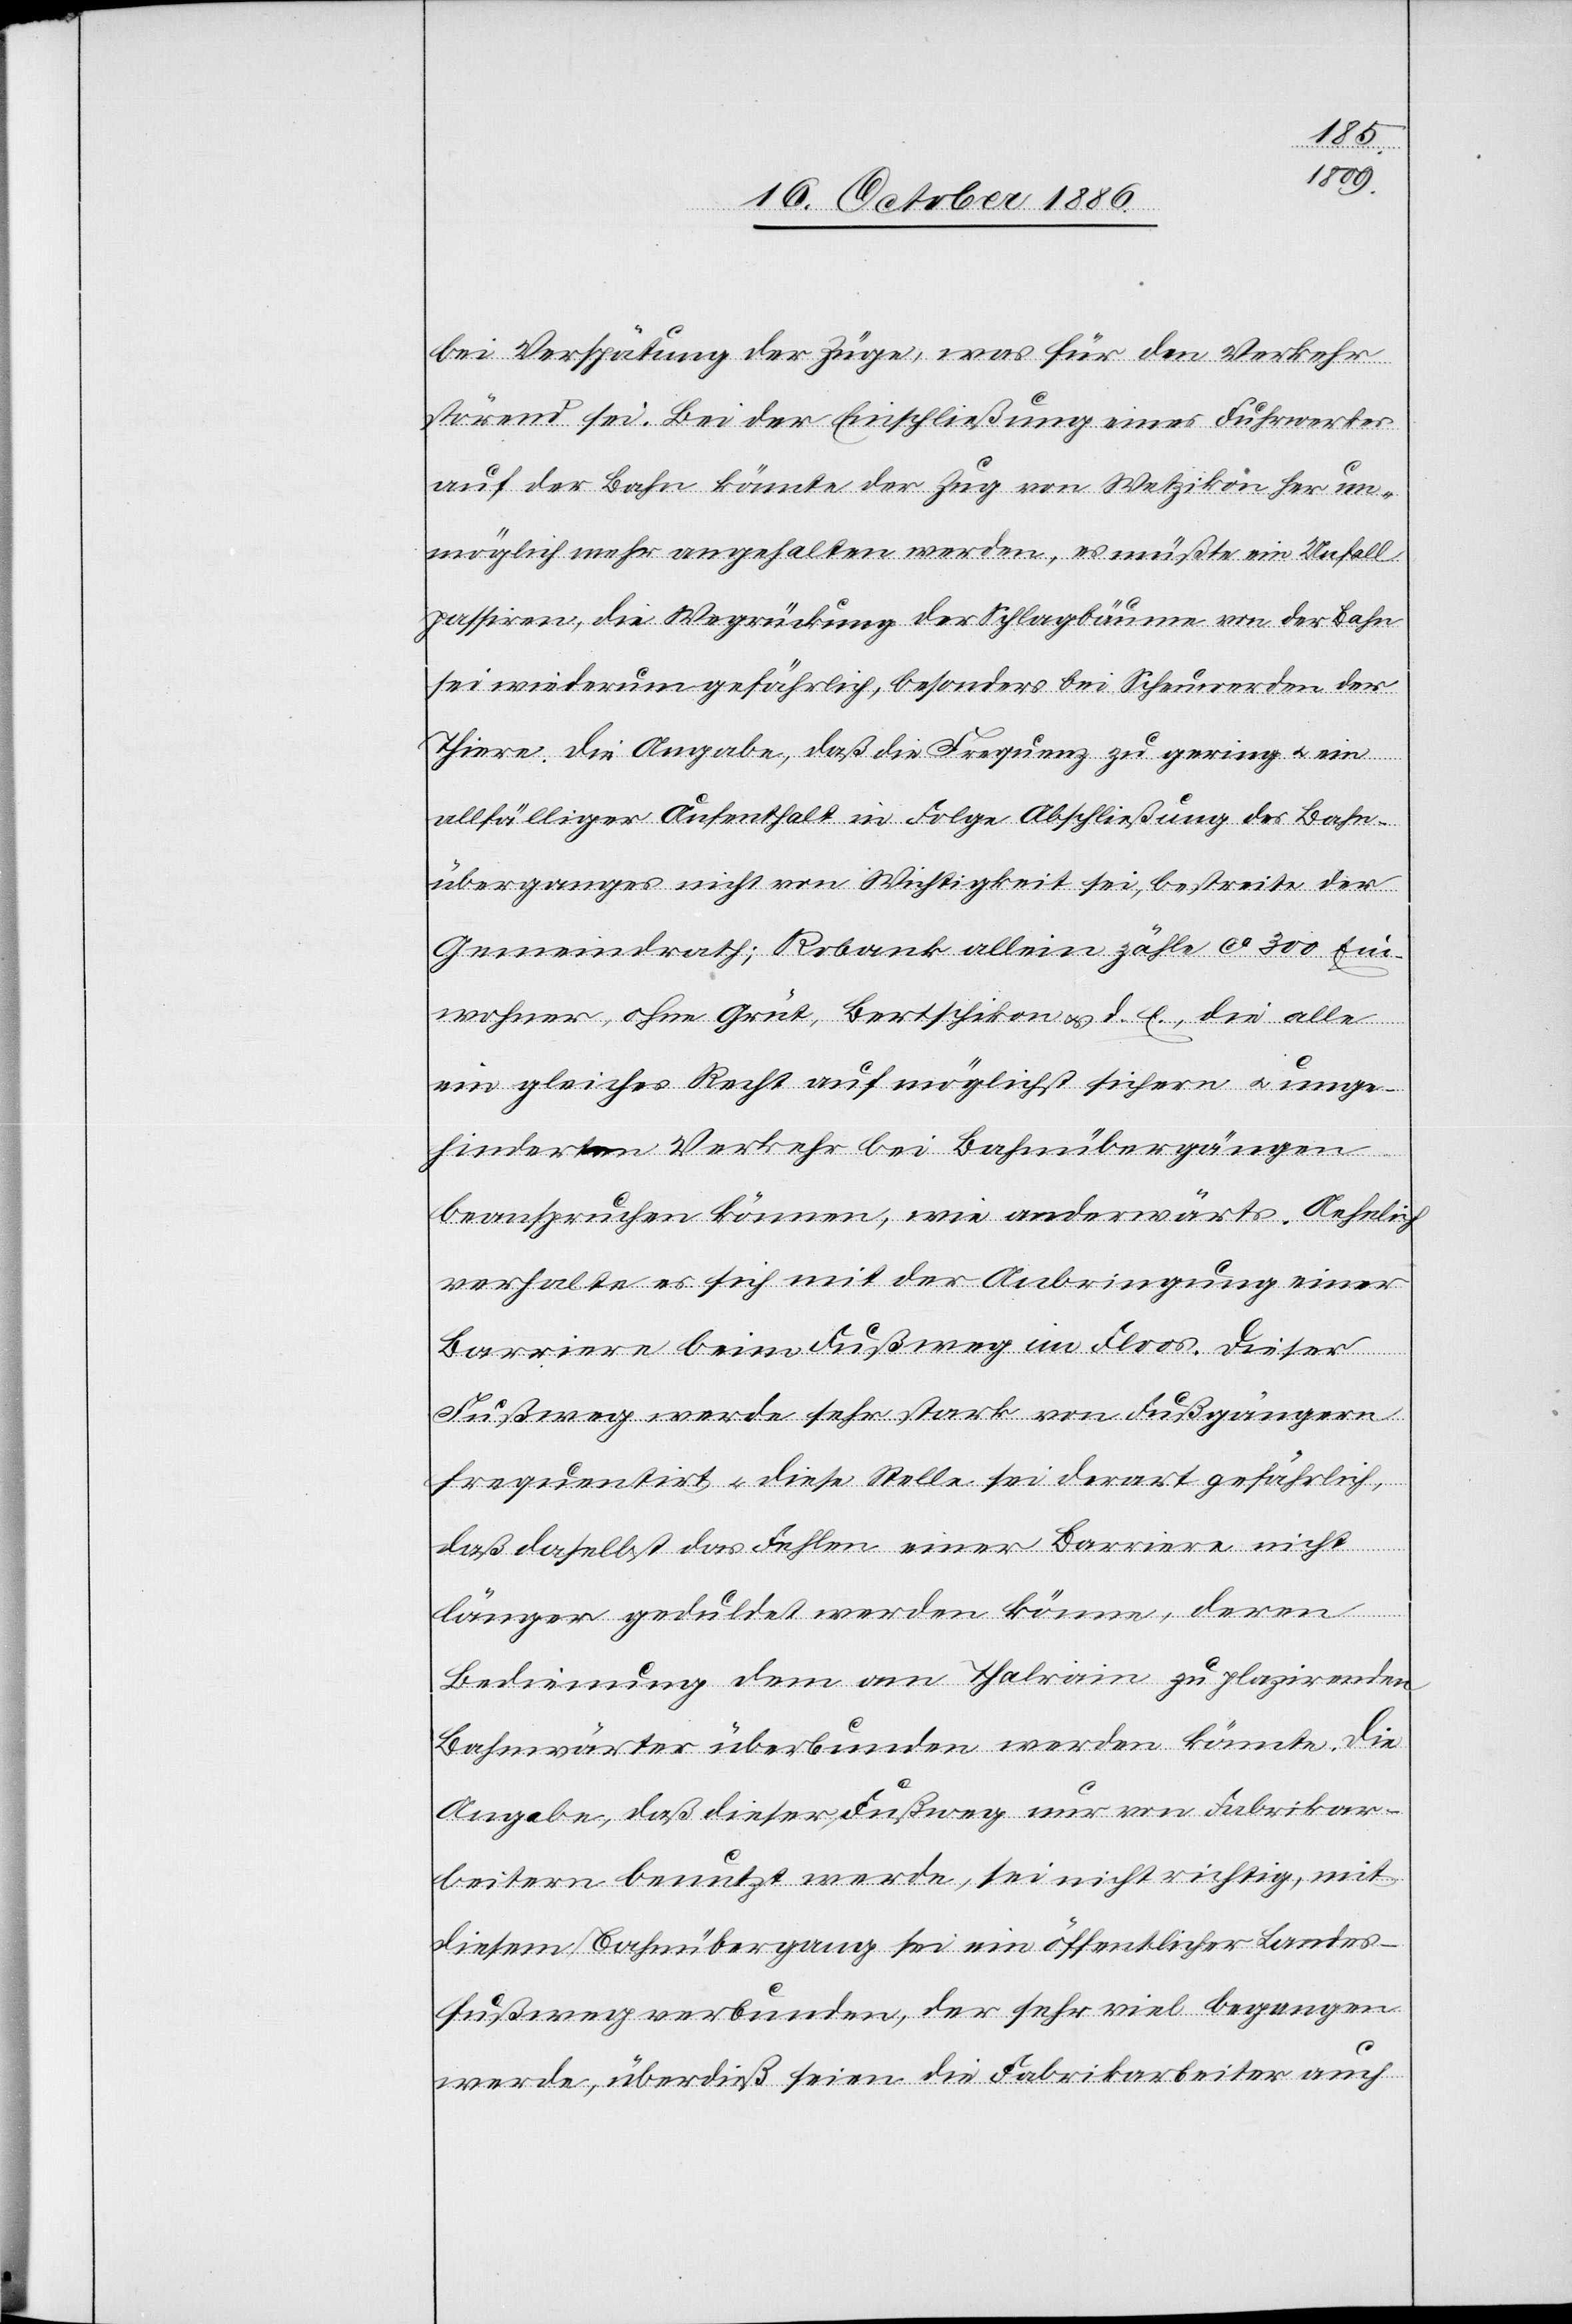
bei Verspätung der Züge, was für den Verkehr
störend sei. Bei der Einschließung eines Fuhrwerkes
auf der Bahn könnte der Zug von Wetzikon her un¬
möglich mehr angehalten werden, es müßte ein Unfall
passiren, die Wegrückung der Schlagbäume von der Bahn
sei wiederum gefährlich, besonders bei Scheuwerden der
Thiere. Die Angabe, daß die Frequenz zu gering & ein
allfälliger Aufenthalt in Folge Abschließung des Bahn¬
überganges nicht von Wichtigkeit sei, bestreite der
Gemeindrath; Robank allein zähle ca 300 Ein¬
wohner, ohne Grüt, Bertschikon & d. E., die alle
ein gleiches Recht auf möglichst sichern & unge¬
hinderten Verkehr bei Bahnübergängen
beanspruchen können, wie anderwärts. Aehnlich
verhalte es sich mit der Anbringung einer
Barriere beim Fußweg im Floos. Dieser
Fußweg werde sehr stark von Fußgängern
frequentirt & diese Stelle sei derart gefährlich,
daß daselbst das Fehlen einer Barriere nicht
länger geduldet werden könne, deren
Bedienung dem am Thalrain zu plazirenden
Bahnwärter überbunden werden könnte. Die
Angabe, daß dieser Fußweg nur von Fabrikar¬
beitern benutzt werde, sei nicht richtig, mit
diesem Bahnübergang sei ein öffentlicher Landes¬
fußweg verbunden, der sehr viel begangen
werde, überdieß seien die Fabrikarbeiter auch